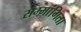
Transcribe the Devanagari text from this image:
सम्मांगिता